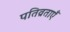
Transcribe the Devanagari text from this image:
पतिव्रताएँ